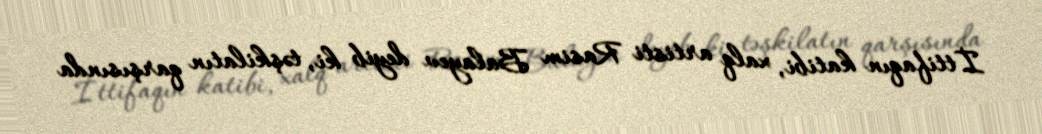
İttifaqın katibi, xalq artisti Rasim Balayev deyib ki, təşkilatın qarşısında